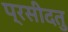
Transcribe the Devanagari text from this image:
प्रसीदतु